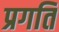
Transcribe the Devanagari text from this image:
प्रगति